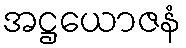
အဋ္ဌယောဇနံ